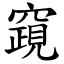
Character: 竀